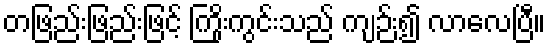
တဖြည်းဖြည်းဖြင့် ကြိုးကွင်းသည် ကျဉ်း၍ လာလေပြီ။